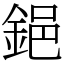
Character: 𨦺